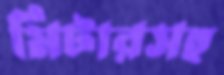
মিটারসহ